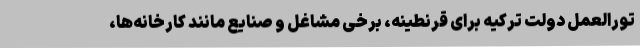
تورالعمل دولت ترکیه برای قرنطینه، برخی مشاغل و صنایع مانند کارخانه‌ها،